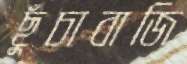
ছুঁচাবাজি